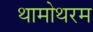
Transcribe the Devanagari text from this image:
थामोथरम